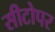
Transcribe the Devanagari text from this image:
सीटोपर